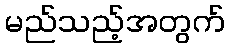
မည်သည့်အတွက်